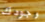
وجودك